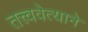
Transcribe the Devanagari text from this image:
तत्त्ववेत्याने